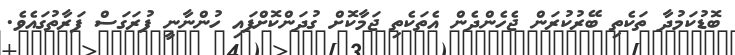
ބޮޑުކަމުދާ ތަކެތި ބޭރުކުރަން ޖެހެންދެން އެތަކެތި ޖަމާކޮށް ގުދަންކޮށްފައި ހުންނާނީ ފުރަގަސް ފަރާތުގައެވެ.